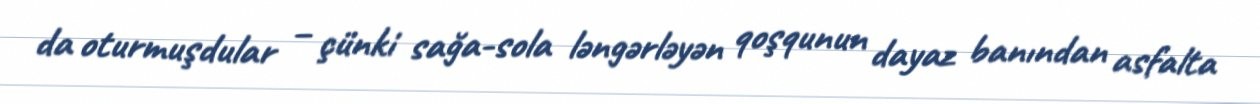
da oturmuşdular – çünki sağa-sola ləngərləyən qoşqunun dayaz banından asfalta